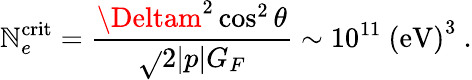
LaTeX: \mathbb{N}_{e}^{\mathrm{{crit}}}=\frac{{\Deltam^{2}\cos^{2}\theta}}{{\sqrt{}{{2}}|p|G_{F}}}\sim10^{11}~\mathrm{{(eV)}}^{3}~.